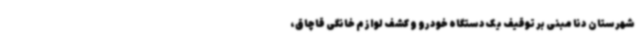
شهرستان دنا مبنی بر توقیف یک دستگاه خودرو و کشف لوازم خانگی قاچاق،